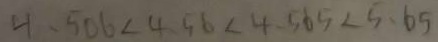
4 . 5 0 6 < 4 . 5 6 < 4 . 5 6 5 < 5 . 6 5